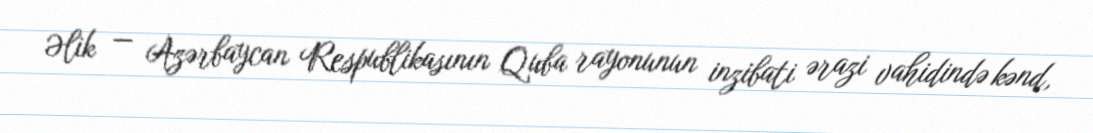
Əlik — Azərbaycan Respublikasının Quba rayonunun inzibati ərazi vahidində kənd,